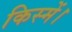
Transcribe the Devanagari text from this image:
किस्में।